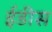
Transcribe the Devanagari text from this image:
ईडीस